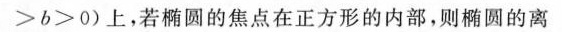
＞ b > 0$$)上，若椭圆的焦点在正方形的内部，则椭圆的离